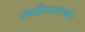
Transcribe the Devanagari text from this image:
सर्वांच्यासमोर